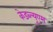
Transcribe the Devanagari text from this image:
केडब्ल्यूएम